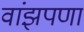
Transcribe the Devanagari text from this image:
वांझपणा